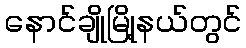
နောင်ချိုမြို့နယ်တွင်